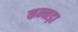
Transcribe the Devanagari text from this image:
कन्नड़ा